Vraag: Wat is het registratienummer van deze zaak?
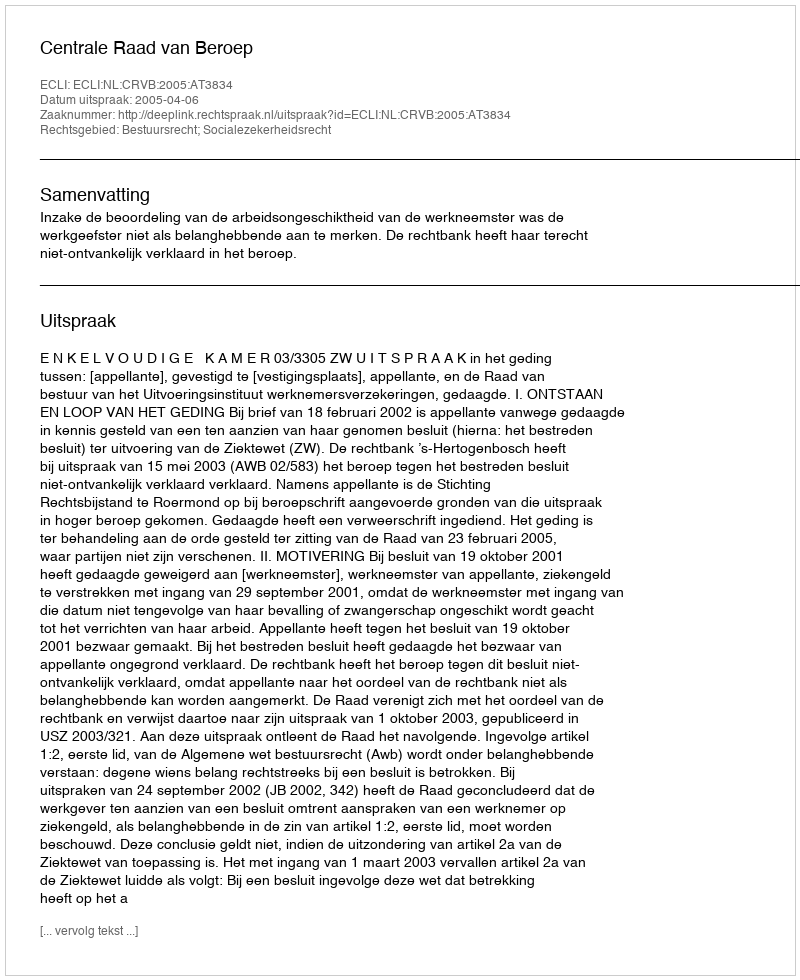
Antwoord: http://deeplink.rechtspraak.nl/uitspraak?id=ECLI:NL:CRVB:2005:AT3834